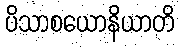
ပိသာစယောနိယာတိ